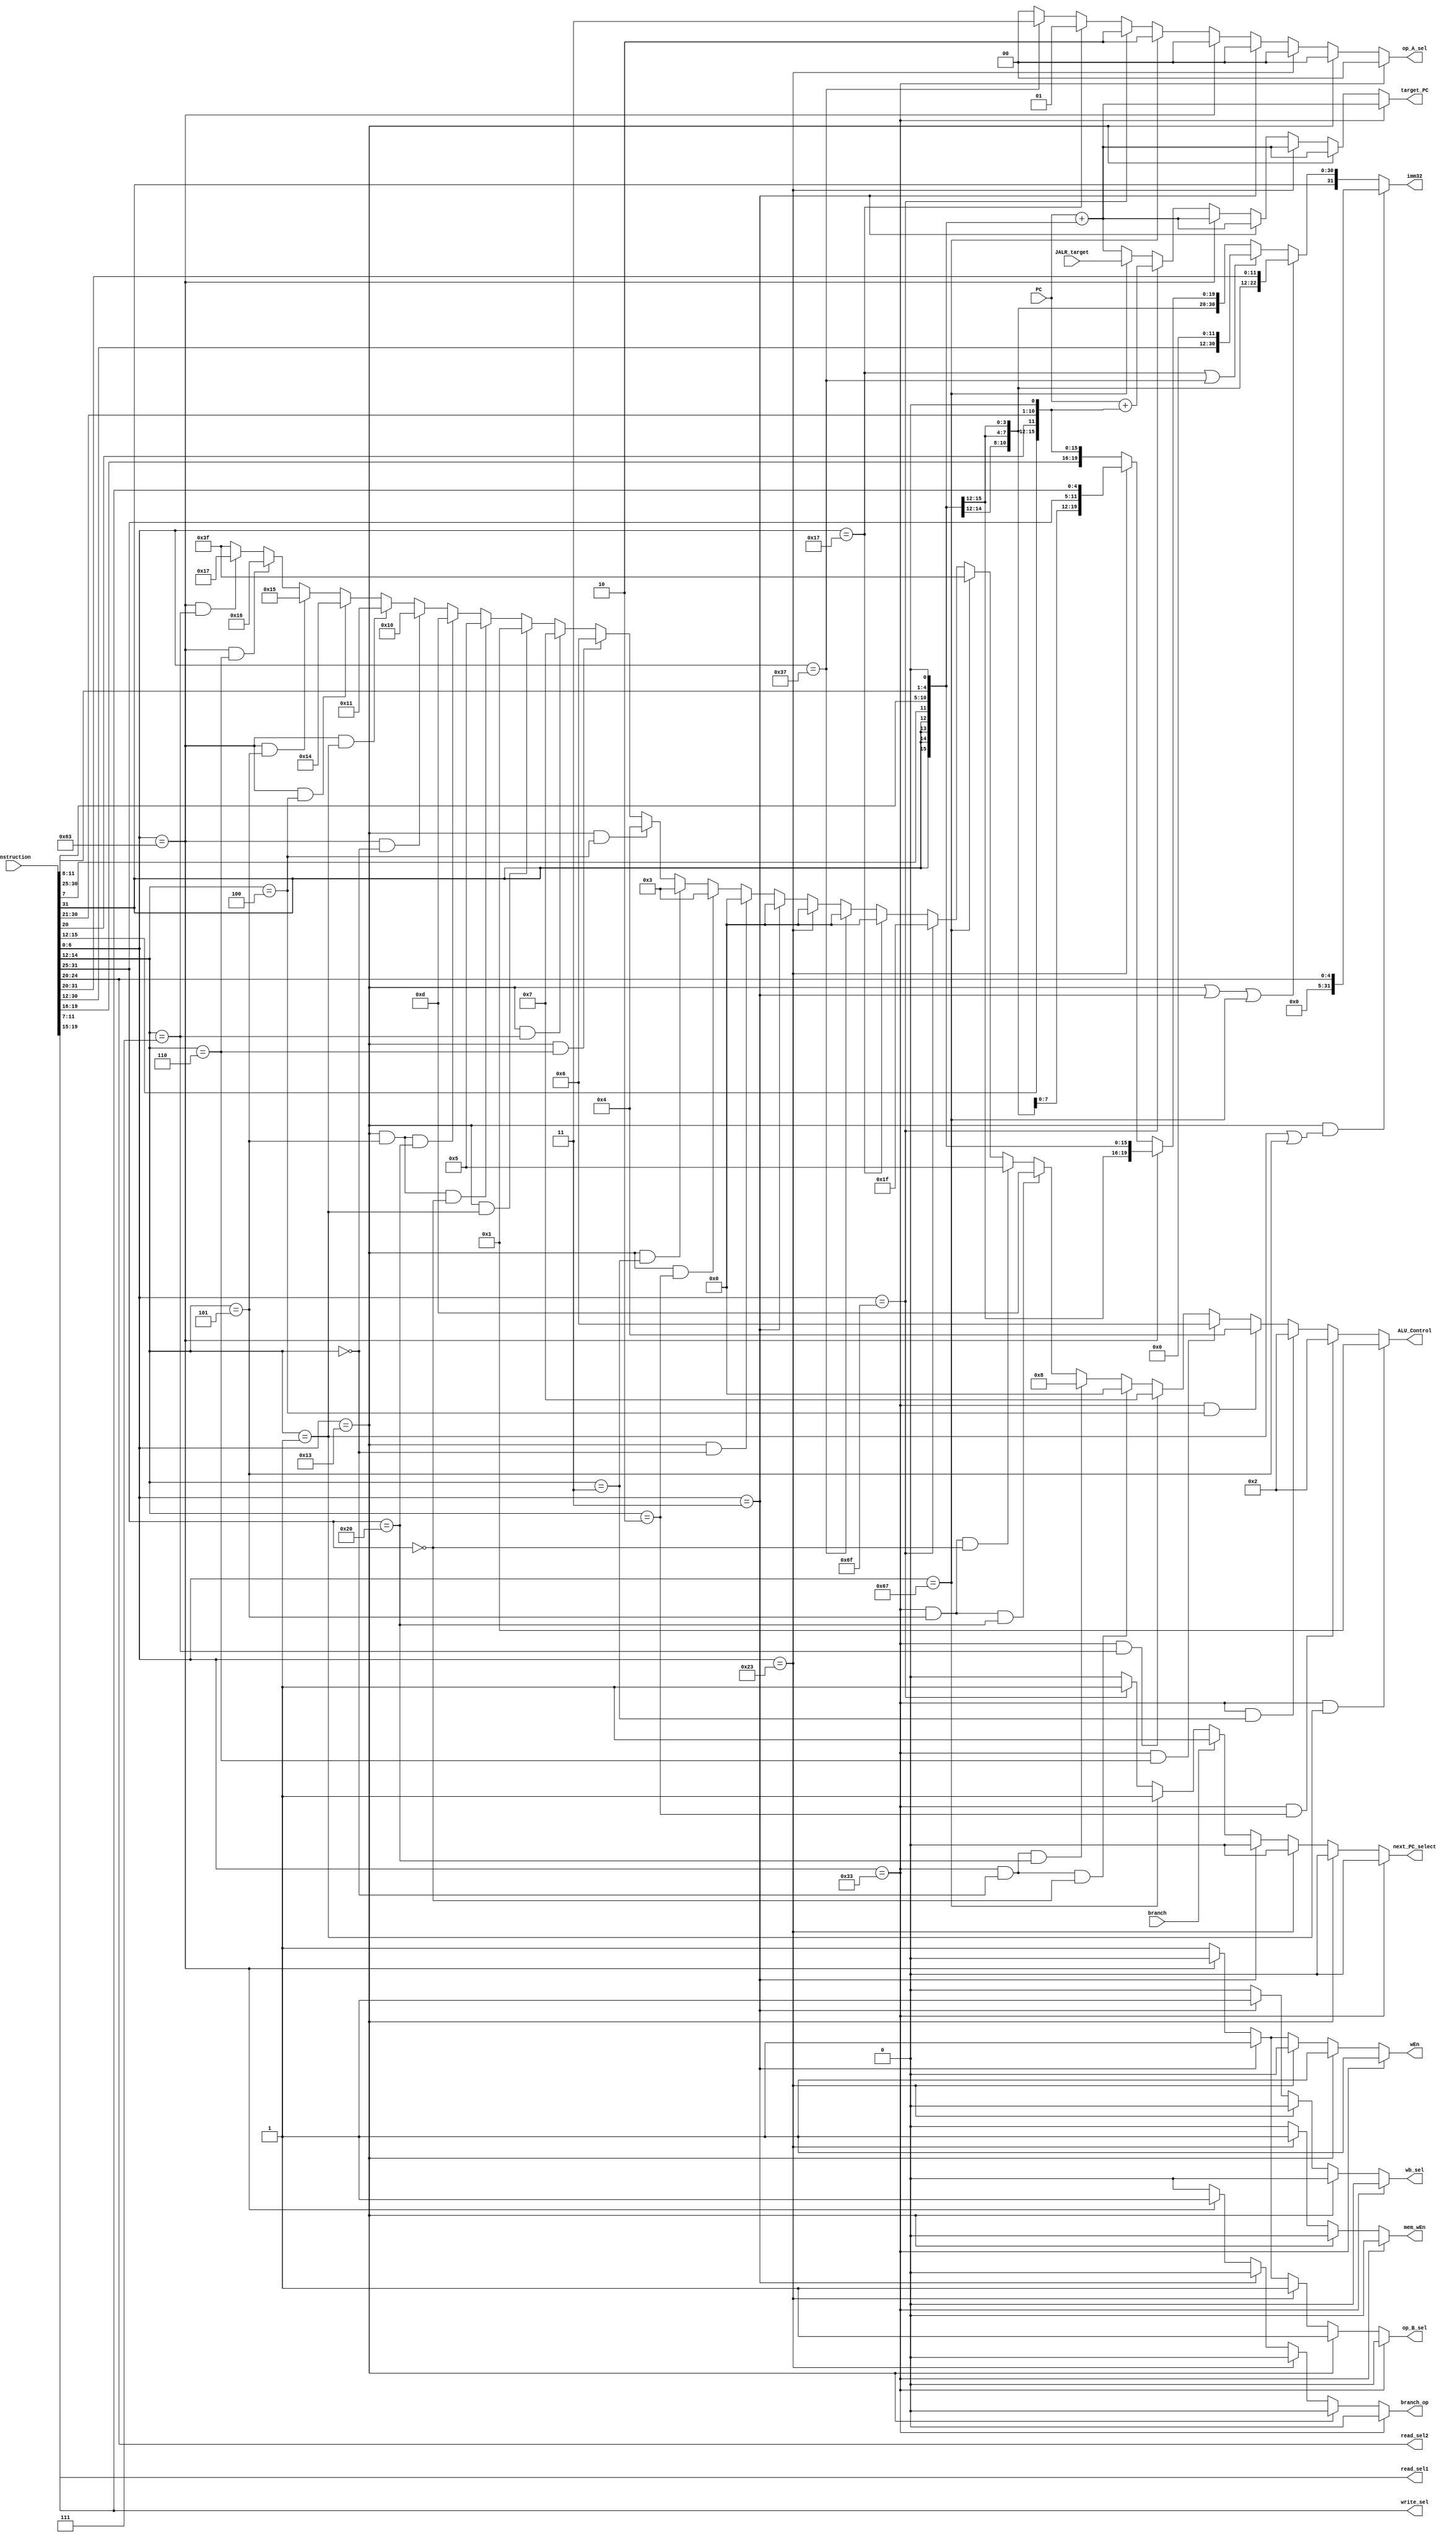
// Name: Camden Kronhaus and Elisabeth Garfield
// BU ID: U79620042 , U80766634
// EC413 Final Project Decode

module decode #(
  parameter ADDRESS_BITS = 16
) (
  // Inputs from Fetch
  input [ADDRESS_BITS-1:0] PC,
  input [31:0] instruction,

  // Inputs from Execute/ALU
  input [ADDRESS_BITS-1:0] JALR_target,
  input branch,

  // Outputs to Fetch
  output next_PC_select,
  output [ADDRESS_BITS-1:0] target_PC,

  // Outputs to Reg File
  output [4:0] read_sel1,
  output [4:0] read_sel2,
  output [4:0] write_sel,
  output wEn,

  // Outputs to Execute/ALU
  output branch_op, // Tells ALU if this is a branch instruction
  output [31:0] imm32,
  output [1:0] op_A_sel,
  output op_B_sel,
  output [5:0] ALU_Control,

  // Outputs to Memory
  output mem_wEn,

  // Outputs to Writeback
  output wb_sel

);

localparam [6:0]R_TYPE  = 7'b0110011,
                I_TYPE  = 7'b0010011,
                STORE   = 7'b0100011,
                LOAD    = 7'b0000011,
                BRANCH  = 7'b1100011,
                JALR    = 7'b1100111,
                JAL     = 7'b1101111,
                AUIPC   = 7'b0010111,
                LUI     = 7'b0110111;


// These are internal wires that I used. You can use them but you do not have to.
// Wires you do not use can be deleted.
wire[6:0]  s_imm_msb;
wire[4:0]  s_imm_lsb;
wire[19:0] u_imm;
wire[11:0] i_imm_orig;
wire[19:0] uj_imm;
wire[11:0] s_imm_orig;
wire[12:0] sb_imm_orig;

wire[31:0] sb_imm_32;
wire[31:0] u_imm_32;
wire[31:0] i_imm_32;
wire[31:0] s_imm_32;
wire[31:0] uj_imm_32;

wire [4:0] shamt;
wire[31:0] shamt32;

wire [6:0] opcode;
wire [6:0] funct7;
wire [2:0] funct3;
wire [1:0] extend_sel;
wire [ADDRESS_BITS-1:0] branch_target;
wire [ADDRESS_BITS-1:0] JAL_target;


// Read registers
assign read_sel2  = instruction[24:20];
assign read_sel1  = instruction[19:15];

/* Instruction decoding */
assign opcode = instruction[6:0];
assign funct7 = instruction[31:25];
assign funct3 = instruction[14:12];

/* Write register */
assign write_sel = instruction[11:7];


/******************************************************************************
*                      Start Your Code Here
******************************************************************************/
assign i_imm_orig = instruction[31:20];
assign i_imm_32 = {{20{i_imm_orig[11]}}, i_imm_orig};
assign shamt = i_imm_orig[4:0];
assign shamt32 = {{27{1'b0}},shamt};

assign u_imm = instruction[31:12];
assign u_imm_32 = {u_imm, 12'b0};
assign uj_imm = {instruction[31],instruction[19:12],instruction[20],instruction[30:21]};
assign uj_imm_32 = {{11{uj_imm[19]}}, uj_imm , 1'b0};

assign s_imm_lsb = instruction[11:7];
assign s_imm_msb = instruction[31:25];
assign s_imm_orig = {s_imm_msb,s_imm_lsb};
assign s_imm_32 = {{20{s_imm_orig[11]}}, s_imm_orig};
assign sb_imm_orig = {instruction[31],instruction[7],instruction[30:25],instruction[11:8],1'b0};
assign sb_imm_32 = {{19{sb_imm_orig[12]}}, sb_imm_orig};

assign branch_target = PC + {{3{sb_imm_orig[12]}},sb_imm_orig};
assign JAL_target = PC + uj_imm_32[15:0];

assign ALU_Control =  (opcode == R_TYPE && funct3 == 3'b001) ? 6'b000001 :
                   (opcode == R_TYPE && funct3 == 3'b010) ? 6'b000010 :
                   (opcode == R_TYPE && funct3 == 3'b011) ? 6'b000010 :
                   (opcode == R_TYPE && funct3 == 3'b100) ? 6'b000100 :
                   (opcode == R_TYPE && funct3 == 3'b110) ? 6'b000110 :
                   (opcode == R_TYPE && funct3 == 3'b111) ? 6'b000111 :
                   (opcode == R_TYPE && funct3 == 3'b000 && funct7 == 7'b0000000) ? 6'b000000 :
                   (opcode == R_TYPE && funct3 == 3'b000 && funct7 == 7'b0100000) ? 6'b001000 :
                   (opcode == R_TYPE && funct3 == 3'b101 && funct7 == 7'b0100000) ? 6'b001101 :
                   (opcode == R_TYPE && funct3 == 3'b101 && funct7 == 7'b0000000) ? 6'b000101 :
                   
                    (opcode == JALR) ? 6'b111111 :
                    (opcode == JAL) ? 6'b011111 :
                    (opcode == AUIPC) ? 6'b000000 :
                    (opcode == LUI) ? 6'b000000 :
                    (opcode == STORE) ? 6'b000000 :
                    (opcode == LOAD) ? 6'b000000 :
                   
                    (opcode == I_TYPE && funct3 ==  3'b000) ? 6'b000000 :
                    (opcode == I_TYPE && funct3 ==  3'b010) ? 6'b000011 :
                    (opcode == I_TYPE && funct3 ==  3'b011) ? 6'b000011 :
                    (opcode == I_TYPE && funct3 ==  3'b100) ? 6'b000100 :
                    (opcode == I_TYPE && funct3 ==  3'b110) ? 6'b000110 :
                    (opcode == I_TYPE && funct3 ==  3'b111) ? 6'b000111 :
                    (opcode == I_TYPE && funct3 ==  3'b001) ? 6'b000001 :
                    (opcode == I_TYPE && funct3 ==  3'b101 && funct7 == 7'b0000000) ? 6'b000101 :
                    (opcode == I_TYPE && funct3 ==  3'b101 && funct7 == 7'b0100000) ? 6'b001101 :
                   
                    (opcode == BRANCH && funct3 == 3'b000) ? 6'b010000 :
                    (opcode == BRANCH && funct3 == 3'b001) ? 6'b010001 :
                    (opcode == BRANCH && funct3 == 3'b100) ? 6'b010100 :
                    (opcode == BRANCH && funct3 == 3'b101) ? 6'b010101 :
                    (opcode == BRANCH && funct3 == 3'b110) ? 6'b010110 :
                    (opcode == BRANCH && funct3 == 3'b111) ? 6'b010111 :
                    6'b111111;
                                                             
        assign imm32 = (opcode == I_TYPE) && (funct3 == 3'b001 || funct3 == 3'b101) ? shamt32 :
                       (opcode == I_TYPE || opcode == LOAD || opcode == JALR) ? i_imm_32 :
                       (opcode == AUIPC || opcode == LUI) ? u_imm_32 :
                       (opcode == BRANCH) ? sb_imm_32 :
                       (opcode == STORE) ? s_imm_32 :
                        uj_imm_32;                                                                                                       
                       
       
       assign next_PC_select = (opcode == R_TYPE) ? 1'b0 :
                               (opcode == I_TYPE) ? 1'b0 :
                               (opcode == STORE ) ? 1'b0 :
                               (opcode == LOAD) ? 1'b0 :
                               (branch == 1'b1) ? 1'b1 :
                               (opcode == JALR) ? 1'b1:
                               (opcode == JAL) ? 1'b1 :
                               (opcode == AUIPC) ? 1'b0 :
                               (opcode == LUI) ? 1'b0 :
                               1'b0;
                                 
  
        
       assign target_PC = (opcode == R_TYPE) ? branch_target :
                        (opcode == I_TYPE) ? branch_target :
                        (opcode == STORE ) ? branch_target :
                        (opcode == LOAD) ? branch_target :
                        (opcode == BRANCH) ? branch_target :
                        (opcode == JAL) ? JAL_target :
                        (opcode == JALR) ? JALR_target : 
                        (opcode == AUIPC) ? branch_target :
                        (opcode == LUI) ? branch_target :
                         branch_target;
                                
       assign read_sel1 = instruction[19:15];
       assign read_sel2 = instruction[24:20];
       assign write_sel = instruction[11:7];
       
       assign wEn = (opcode == R_TYPE) ? 1'b1 :
                   (opcode == I_TYPE) ? 1'b1 :
                   (opcode == STORE ) ? 1'b0 :
                   (opcode == LOAD) ? 1'b1 :
                   (opcode == BRANCH) ? 1'b0:
                   (opcode == JALR) ? 1'b1:
                   (opcode == JAL) ? 1'b1 :
                   (opcode == AUIPC) ? 1'b1 :
                   (opcode == LUI) ? 1'b1 :
                    1'b1;
        
       assign branch_op = (opcode == R_TYPE) ? 1'b0 :
                           (opcode == I_TYPE) ? 1'b0 :
                           (opcode == STORE ) ? 1'b0 :
                           (opcode == LOAD) ? 1'b0 :
                           (opcode == BRANCH) ? 1'b1:
                           (opcode == JALR) ? 1'b0:
                           (opcode == JAL) ? 1'b0 :
                           (opcode == AUIPC) ? 1'b0 :
                           (opcode == LUI) ? 1'b0 :
                            1'b0;
       
       assign mem_wEn = (opcode == R_TYPE) ? 1'b0 :
                        (opcode == I_TYPE) ? 1'b0 :
                        (opcode == STORE ) ? 1'b1 :
                        (opcode == LOAD) ? 1'b0 :
                        (opcode == BRANCH) ? 1'b0:
                        (opcode == JALR) ? 1'b0:
                        (opcode == JAL) ? 1'b0 :
                        (opcode == AUIPC) ? 1'b0:
                        (opcode == LUI) ? 1'b0:
                        1'b0;
       
                                             
         assign op_A_sel = (opcode == R_TYPE) ? 2'b00 :
                           (opcode == I_TYPE) ? 2'b00 :
                           (opcode == STORE ) ? 2'b00 :
                           (opcode == LOAD) ? 2'b00 :
                           (opcode == BRANCH) ? 2'b00:
                           (opcode == JALR) ? 2'b10:
                           (opcode == JAL) ? 2'b10 :
                           (opcode == AUIPC) ? 2'b01 :
                           (opcode == LUI) ? 2'b11 :
                            2'b00;
                                          
        assign op_B_sel = (opcode == R_TYPE) ? 1'b0 :
                          (opcode == I_TYPE) ? 1'b1 :
                          (opcode == STORE ) ? 1'b1 :
                          (opcode == LOAD) ? 1'b1 :
                          (opcode == BRANCH) ? 1'b0:
                          (opcode == JALR) ? 1'b1:
                          (opcode == JAL) ? 1'b1 :
                          (opcode == AUIPC) ? 1'b1 :
                          (opcode == LUI) ? 1'b1 :
                          1'b1;
                         
      assign wb_sel = (opcode == R_TYPE) ? 1'b0 :
                       (opcode == I_TYPE) ? 1'b0 :
                       (opcode == STORE ) ? 1'b0 :
                       (opcode == LOAD) ? 1'b1 :
                       (opcode == BRANCH) ? 1'b0:
                       (opcode == JALR) ? 1'b0:
                       (opcode == JAL) ? 1'b0 :
                       (opcode == AUIPC) ? 1'b0:
                       (opcode == LUI) ? 1'b0:
                       1'b0;
                                       

endmodule